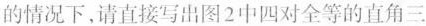
的情况下，请直接写出图2中四对全等的直角三